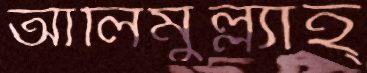
আলিমুল্ল্যাহ্